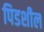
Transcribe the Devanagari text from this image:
पिडशील